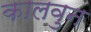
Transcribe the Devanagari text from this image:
कालवुन